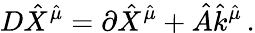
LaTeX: D{\hat{X}}^{{\hat{\mu}}}=\partial{\hat{X}}^{{\hat{\mu}}}+{\hat{A}}{\hat{k}}^{{\hat{\mu}}}\, .